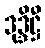
ဒုဒ္ဒိဋ္ဌီ